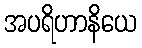
အပရိဟာနိယေ